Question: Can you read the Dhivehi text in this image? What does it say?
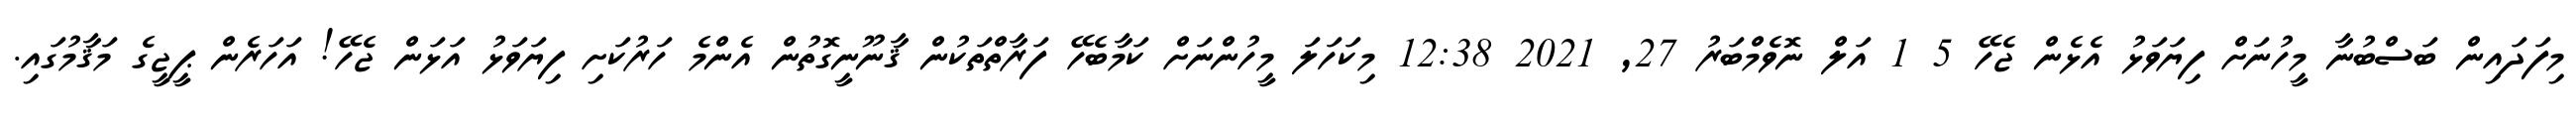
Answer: މިފަދައިން ބަސްބުނާ މީހުނަށް ފިޔަވަޅު އެޅެން ޖެހޭ 5 1 އަލް ނޮވެމްބަރު 27, 2021 12:38 މިކަހަލަ މީހުންނަށް ކަމާބެހޭ ފަރާތްތަކުން ޤާނޫނީގޮތުން އެންމެ ހަރުކަށި ފިޔަވަޅު އަޅަން ޖެހޭ! އަހަރެން ޕީޖީގެ މަޤާމުގައި.